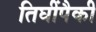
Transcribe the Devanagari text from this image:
तिघींपैकी